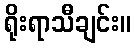
ရိုးရာသီချင်း။